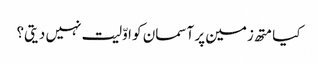
کیا متھ زمین پر آسمان کو اوّلیت نہیں دیتی؟